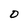
Character: D